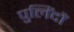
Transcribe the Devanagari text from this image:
पुलिंदौं